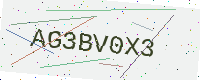
Text: AG3BV0X3